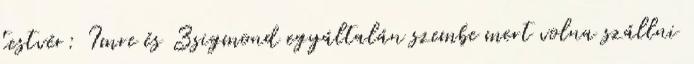
testvér: Imre és Zsigmond egyáltalán szembe mert volna szállni